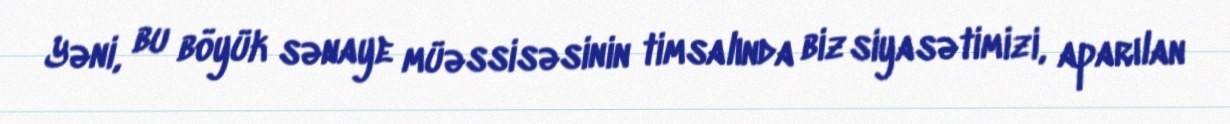
Yəni, bu böyük sənaye müəssisəsinin timsalında biz siyasətimizi, aparılan